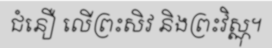
ជំនឿ លើព្រះសិវ និងព្រះវិស្ណុ។